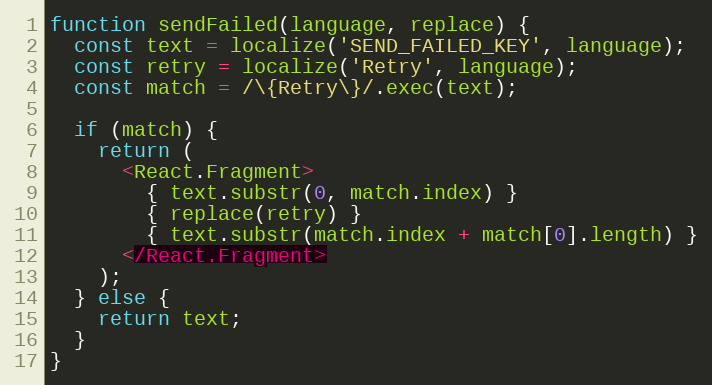
Language: JavaScript
function sendFailed(language, replace) {
  const text = localize('SEND_FAILED_KEY', language);
  const retry = localize('Retry', language);
  const match = /\{Retry\}/.exec(text);

  if (match) {
    return (
      <React.Fragment>
        { text.substr(0, match.index) }
        { replace(retry) }
        { text.substr(match.index + match[0].length) }
      </React.Fragment>
    );
  } else {
    return text;
  }
}